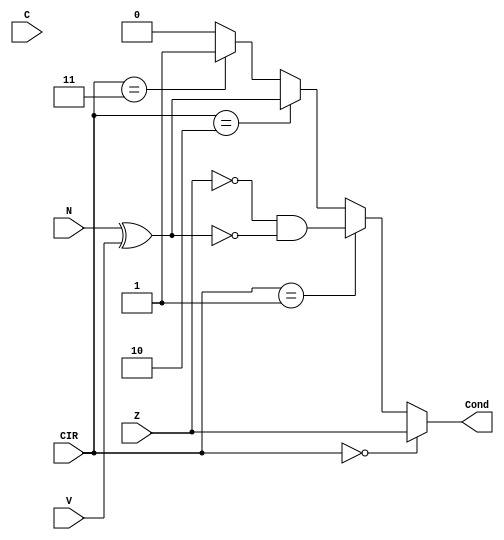
`timescale 1ns/1ns
module Checker(input Z,N,C,V, input[1:0] CIR, output Cond);
	assign Cond = (CIR == 2'b00)? Z:
                      (CIR == 2'b01)? (~Z)&(~(N^V)):
		      (CIR == 2'b10)? (N^V):
                      (CIR == 2'b11)? 1'b1:1'b0;
endmodule